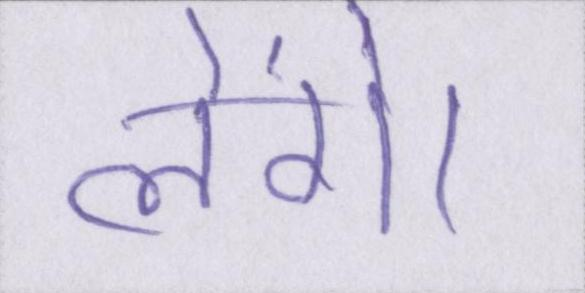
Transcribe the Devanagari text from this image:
लेंगे।